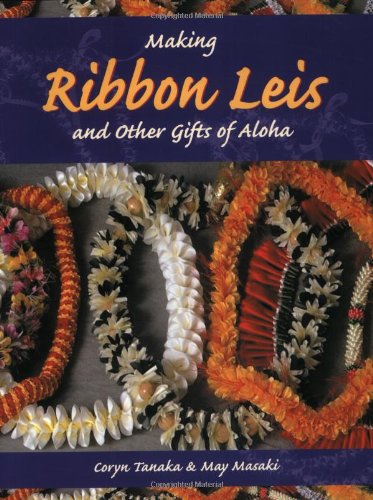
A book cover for Making Ribbon Leis & Other Gifts of Aloha; Coryn Tanaka; Crafts, Hobbies & Home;